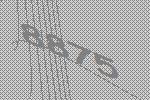
8875